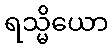
ရသ္မိယော